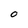
Character: O